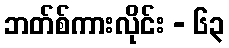
ဘတ်စ်ကားလိုင်း - ၆၃